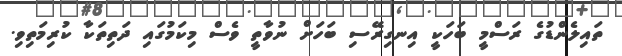
ތައިލެންޑުގެ ރަސްމީ ބަހަކީ އިނގިރޭސި ބަހަށް ނުވާތީ ވެސް މިކަމުގައި ދަތިތަކާ ކުރިމަތިވި.